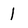
Character: 1